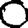
Digit: 0